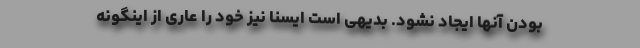
بودن آنها ایجاد نشود. بدیهی است ایسنا نیز خود را عاری از اینگونه